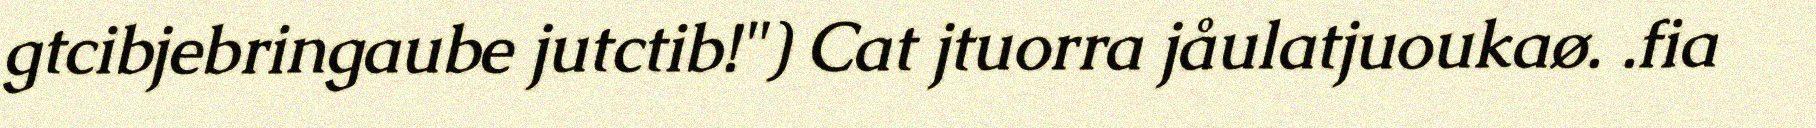
gtcibjebringaube jutctib!") Cat jtuorra jåulatjuoukaø. .fia